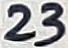
Text: 23